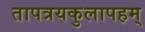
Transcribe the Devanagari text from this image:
तापत्रयकुलापहम्